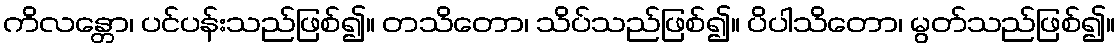
ကိလန္တော၊ ပင်ပန်းသည်ဖြစ်၍။ တသိတော၊ သိပ်သည်ဖြစ်၍။ ပိပါသိတော၊ မွတ်သည်ဖြစ်၍။